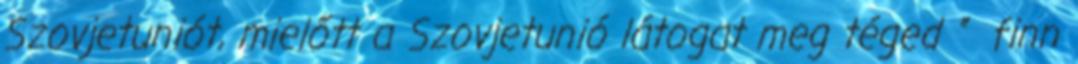
Szovjetuniót, mielőtt a Szovjetunió látogat meg téged ” finn